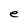
Character: e